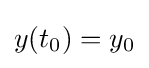
y(t_{0})=y_{0}